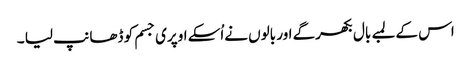
اس کے لمبے بال بکھرگے اور بالوں نےاُسکے اوپری جسم کو ڈھانپ لیا ۔